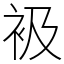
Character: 衱